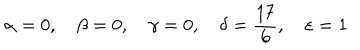
\alpha = 0 , \quad \beta = 0 , \quad \gamma = 0 , \quad \delta = \frac { 1 7 } { 6 } , \quad \varepsilon = 1